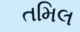
તમિલ